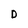
Character: D